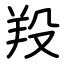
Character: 羖